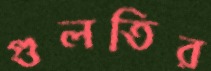
গুলতির